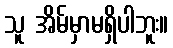
သူ အိမ်မှာမရှိပါဘူး။